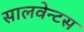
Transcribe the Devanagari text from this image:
सालवेन्टस